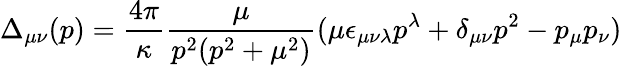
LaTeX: \Delta_{\mu\nu}(p)=\frac{4\pi}{\kappa}\frac{\mu}{p^{2}(p^{2}+\mu^{2})}(\mu\epsilon_{\mu\nu\lambda}p^{\lambda}+\delta_{\mu\nu}p^{2}-p_{\mu}p_{\nu})